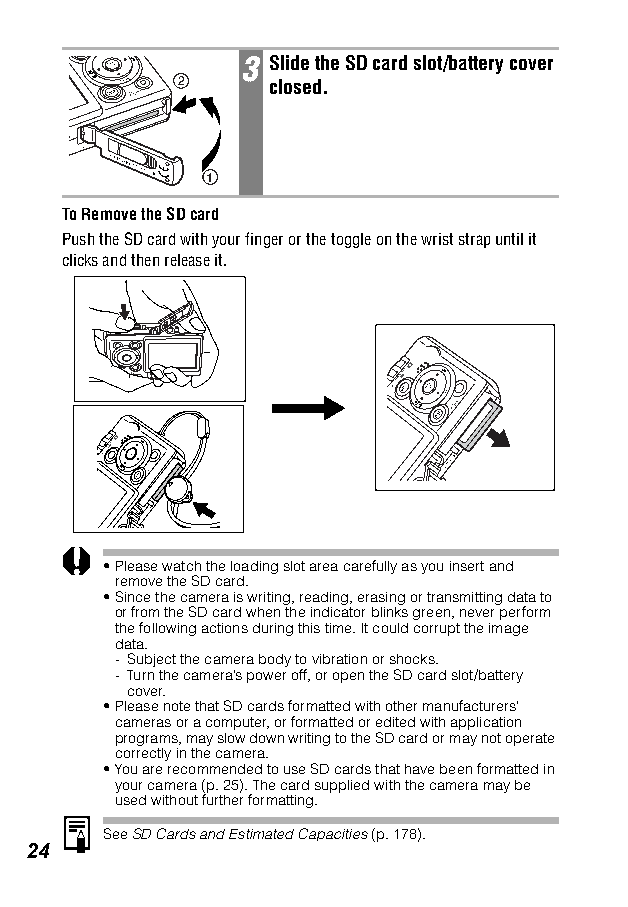
3 Slide the SD card slot/battery cover
 2     closed.
 1
 To Remove the SD card
 Push the SD card with your finger or the toggle on the wrist strap until it
 clicks and then release it.
 •Please watch the loading slot area carefully as you insert and
 remove the SD card.
 •Since the camera is writing, reading, erasing or transmitting data to
 or from the SD card when the indicator blinks green, never perform
 the following actions during this time. It could corrupt the image
 data.
 - Subject the camera body to vibration or shocks.
 - Turn the camera’s power off, or open the SD card slot/battery
 cover.
 •Please note that SD cards formatted with other manufacturers’
 cameras or a computer, or formatted or edited with application
 programs, may slow down writing to the SD card or may not operate
 correctly in the camera.
 •You are recommended to use SD cards that have been formatted in
 your camera (p. 25). The card supplied with the camera may be
 used without further formatting.
 SeeSD Cards and Estimated Capacities (p. 178).
 24